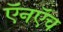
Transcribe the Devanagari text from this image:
ऍनऍच